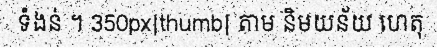
ទំងន់ ។ 350px|thumb| តាម និមយន័យ ហេតុ